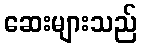
ဆေးများသည်